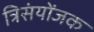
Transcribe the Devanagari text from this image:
त्रिसंयोंजक